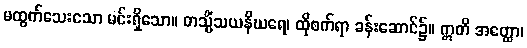
မထွက်သေးသော မင်းရှိသော။ တသ္မိံသယနိဃရေ၊ ထိုစက်ရာ ခန်းဆောင်၌။ ဣတိ အတ္ထော၊